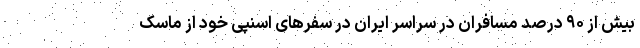
بیش از ۹۰ درصد مسافران در سراسر ایران در سفرهای اسنپی خود از ماسک